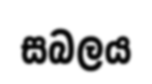
සබලය